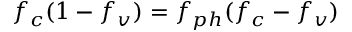
f _ { c } ( 1 - f _ { v } ) = f _ { p h } ( f _ { c } - f _ { v } )